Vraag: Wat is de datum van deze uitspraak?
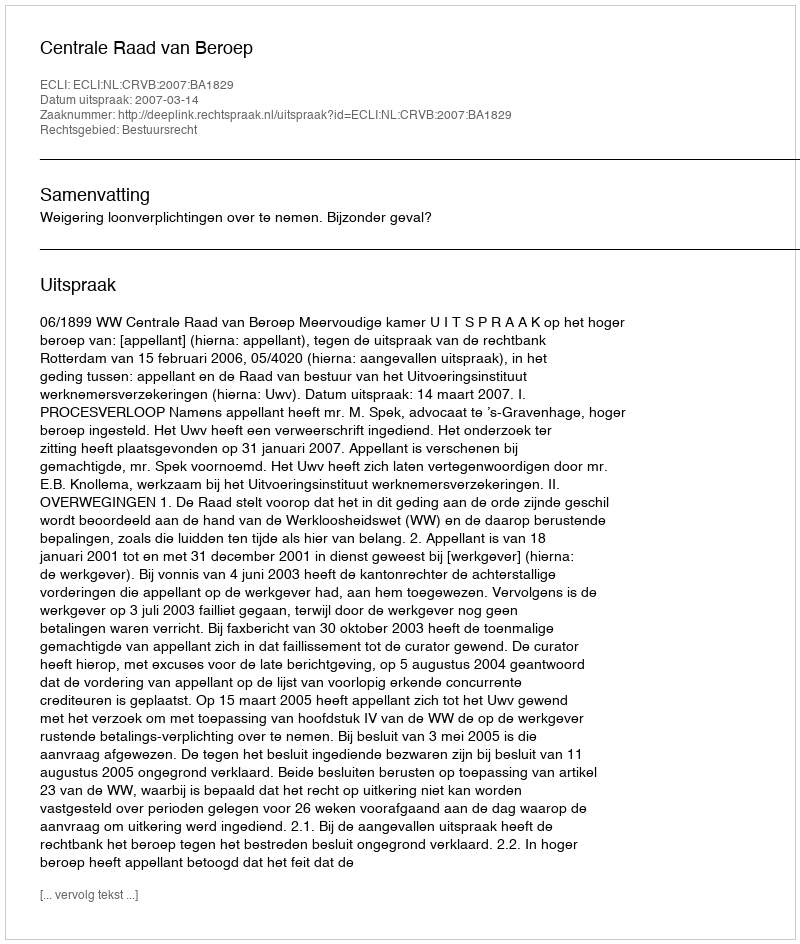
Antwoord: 2007-03-14